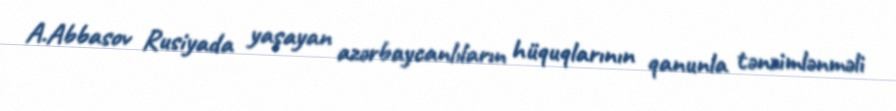
A.Abbasov Rusiyada yaşayan azərbaycanlıların hüquqlarının qanunla tənzimlənməli